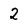
Character: 2